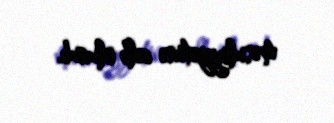
məsuliyyətinə cəlb olunub.